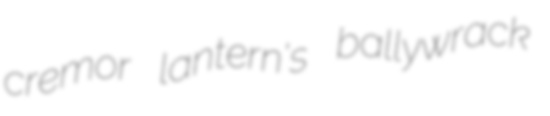
cremor lantern's ballywrack